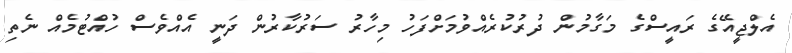
އެލްޖީއޭގެ ރައީސްގެ މަގާމުން ދުރުކުރެއްވުމަށްފަހު މިހާރު ސަރުކާރުން ދަނީ އެއްވެސް ހުއްޓުމެއް ނެތި